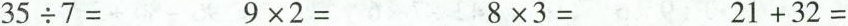
$$3 5 \div 7 =$$$$9 \times 2 =$$$$8 \times 3 =$$$$2 1 + 3 2 =$$